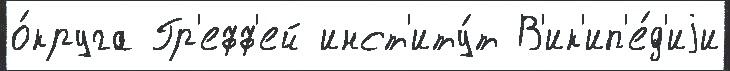
о́круга Гр'ефф'ей инст'иту́т В'ик'ип'е́д'иjи